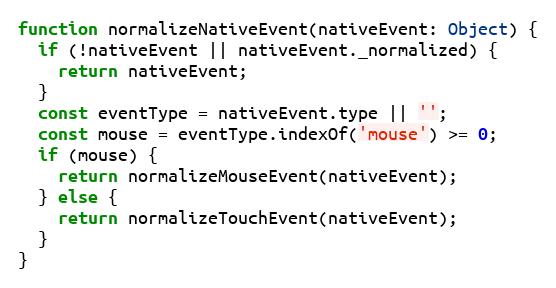
Language: JavaScript
function normalizeNativeEvent(nativeEvent: Object) {
  if (!nativeEvent || nativeEvent._normalized) {
    return nativeEvent;
  }
  const eventType = nativeEvent.type || '';
  const mouse = eventType.indexOf('mouse') >= 0;
  if (mouse) {
    return normalizeMouseEvent(nativeEvent);
  } else {
    return normalizeTouchEvent(nativeEvent);
  }
}